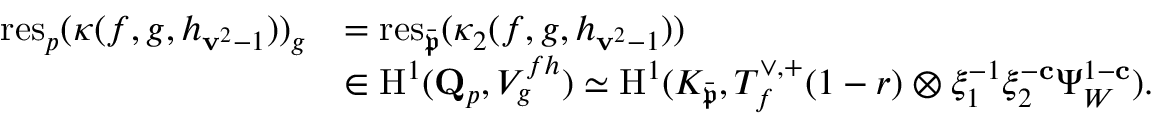
\begin{array} { r l } { \mathrm { r e s } _ { p } ( \kappa ( f , { \boldsymbol { g } } , { \boldsymbol { h } } _ { \mathbf { v } ^ { 2 } - 1 } ) ) _ { \boldsymbol { g } } } & { = \mathrm { r e s } _ { \bar { \mathfrak { p } } } ( \kappa _ { 2 } ( f , { \boldsymbol { g } } , { \boldsymbol { h } } _ { \mathbf { v } ^ { 2 } - 1 } ) ) } \\ & { \in { \mathrm { H } } ^ { 1 } ( \mathbf { Q } _ { p } , V _ { \boldsymbol { g } } ^ { f h } ) \simeq { \mathrm { H } } ^ { 1 } ( K _ { \bar { \mathfrak { p } } } , T _ { f } ^ { \vee , + } ( 1 - r ) \otimes \xi _ { 1 } ^ { - 1 } \xi _ { 2 } ^ { - \mathbf { c } } \Psi _ { W } ^ { 1 - \mathbf { c } } ) . } \end{array}